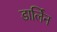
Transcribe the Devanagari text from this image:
डार्लिन